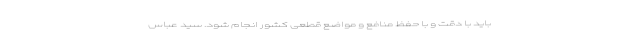
باید با دقت و با حفظ منافع و مواضع قطعی کشور انجام شود. سید عباس